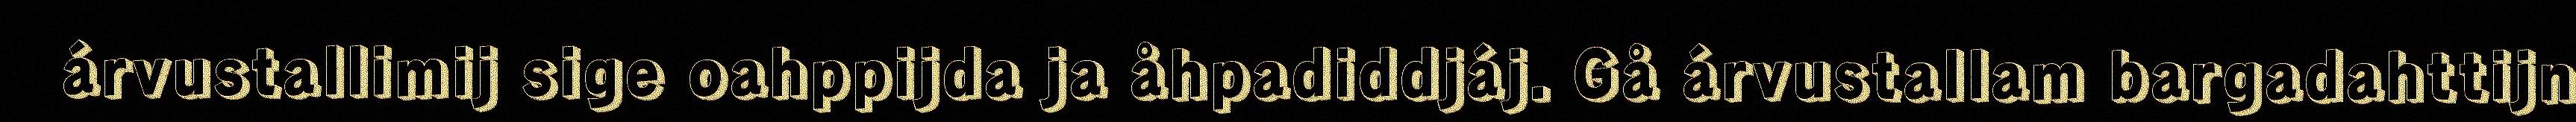
árvustallimij sige oahppijda ja åhpadiddjáj. Gå árvustallam bargadahttijn